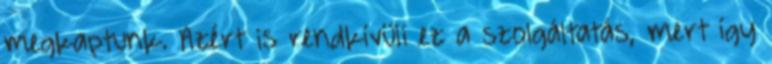
megkaptunk. Azért is rendkívüli ez a szolgáltatás, mert így